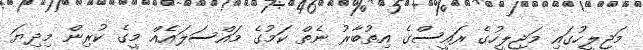
މަޖިލީހުގައި މަޖިލީހުގެ ރައީސްގެ އިތުބާރު ނެތް ކަމުގެ މައްސަލައެއް މީގެ ކުރިން މިދިޔަ